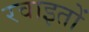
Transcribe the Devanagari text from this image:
रवाइतों